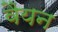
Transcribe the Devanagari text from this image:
वैयन